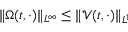
\| \Omega ( t , \cdot ) \| _ { L ^ { \infty } } \leq \| \mathcal { V } ( t , \cdot ) \| _ { L ^ { 1 } }